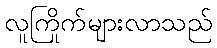
လူကြိုက်များလာသည်